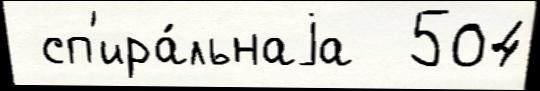
 сп'ира́льнаjа  504